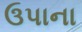
ઉપાના